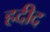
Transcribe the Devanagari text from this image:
हदीद